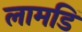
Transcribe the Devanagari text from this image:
लामडिं